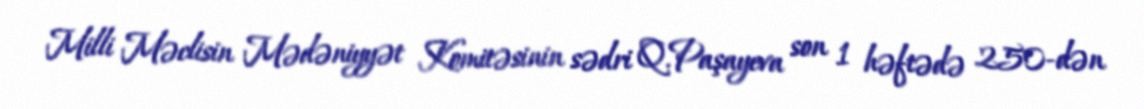
Milli Məclisin Mədəniyyət Komitəsinin sədri Q.Paşayeva son 1 həftədə 250-dən